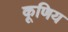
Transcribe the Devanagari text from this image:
कूणिय